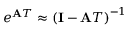
e ^ { \mathbf { A } T } \approx \left( \mathbf { I } - \mathbf { A } T \right) ^ { - 1 }